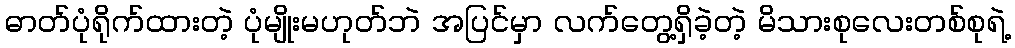
ဓာတ်ပုံရိုက်ထားတဲ့ ပုံမျိုးမဟုတ်ဘဲ အပြင်မှာ လက်တွေ့ရှိခဲ့တဲ့ မိသားစုလေးတစ်စုရဲ့